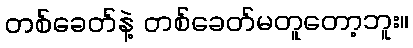
တစ်ခေတ်နဲ့ တစ်ခေတ်မတူတော့ဘူး။